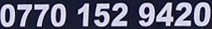
0770 152 9420